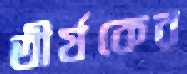
তীর্যকের